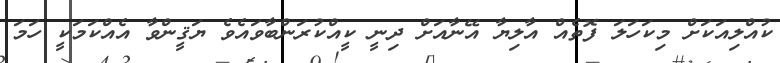
ކުއްލިއަކަށް މިކަހަލަ ފޮތެއް އާލިޔާ އޭނާއަށް ދިނީ ކީއްކުރަންބާވައެވެ ޔަޤީންވާ އެއްކަމަކީ ހަމަ